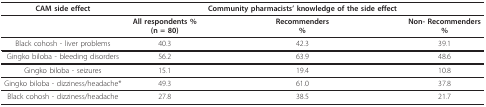
<table><thead><tr><td><b>CAM side effect</b></td><td></td><td><b>Community pharmacists&#x27; knowledge of the side effect</b></td><td></td></tr></thead><tbody><tr><td></td><td><b>All respondents %</b><b>(n = 80)</b></td><td><b>Recommenders</b><b>%</b></td><td><b>Non- Recommenders</b><b>%</b></td></tr><tr><td>Black cohosh - liver problems</td><td>40.3</td><td>42.3</td><td>39.1</td></tr><tr><td>Gingko biloba - bleeding disorders</td><td>56.2</td><td>63.9</td><td>48.6</td></tr><tr><td>Gingko biloba - seizures</td><td>15.1</td><td>19.4</td><td>10.8</td></tr><tr><td>Gingko biloba - dizziness/headache*</td><td>49.3</td><td>61.0</td><td>37.8</td></tr><tr><td>Black cohosh - dizziness/headache</td><td>27.8</td><td>38.5</td><td>21.7</td></tr></tbody></table>